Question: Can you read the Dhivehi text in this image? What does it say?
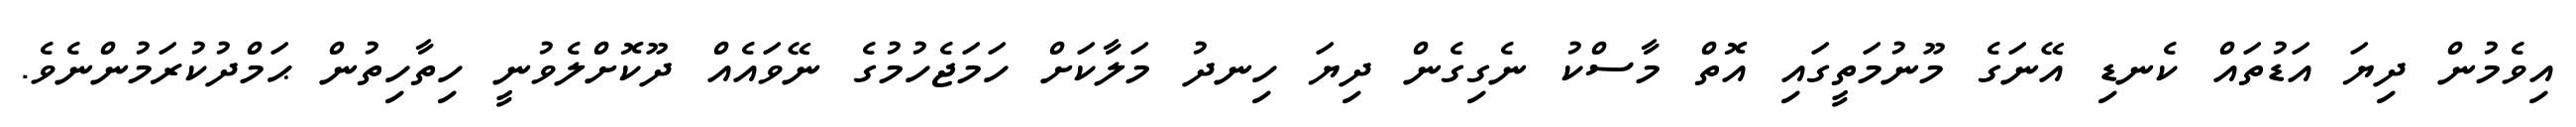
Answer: އިވެމުން ދިޔަ އަޑުތައް ކެނޑި އޭނަގެ މޫނުމަތީގައި އޮތް މާސްކު ނެގިގެން ދިޔަ ހިނދު މަލާކަށް ހަމަޖެހުމުގެ ނޭވައެއް ދޫކޮށްލެވުނީ ހިތާހިތުން ޙަމްދުކުރަމުންނެވެ.